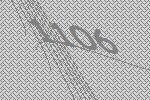
1106